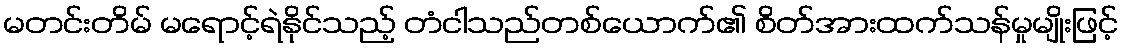
မတင်းတိမ် မရောင့်ရဲနိုင်သည့် တံငါသည်တစ်ယောက်၏ စိတ်အားထက်သန်မှုမျိုးဖြင့်